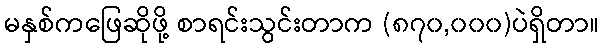
မနှစ်ကဖြေဆိုဖို့ စာရင်းသွင်းတာက (၈၇၀,၀၀၀)ပဲရှိတာ။